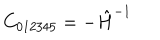
C _ { 0 1 2 3 4 5 } = - \hat { H } ^ { - 1 }